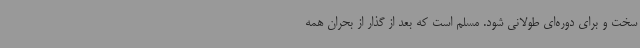
سخت و برای دوره‌ای طولانی شود. مسلم است که بعد از گذار از بحران همه